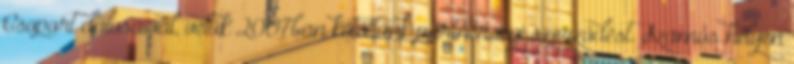
Csoport dalosaival, velük 2007ban kötöttünk partnerségi szerződést. Számos helyen